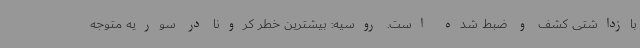
بازداشتی کشف و ضبط شده است. روسیه: بیشترین خطر کرونا در سوریه متوجه